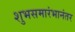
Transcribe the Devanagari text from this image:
शुभसमारंभानंतर